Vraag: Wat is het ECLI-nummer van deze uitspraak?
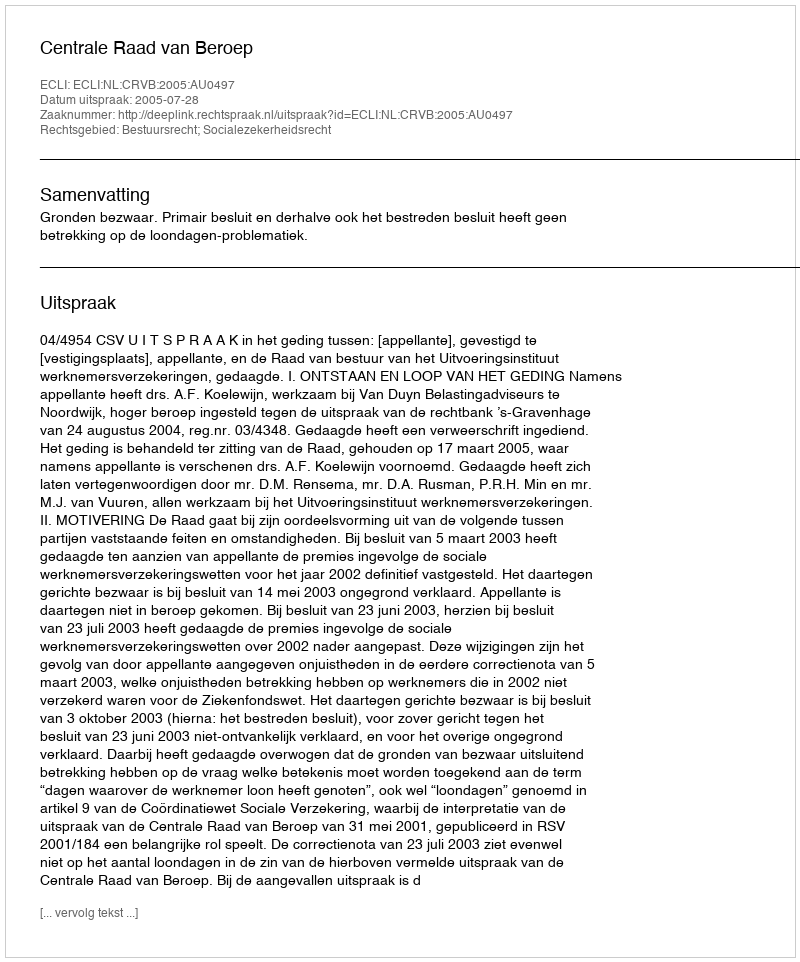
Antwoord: ECLI:NL:CRVB:2005:AU0497